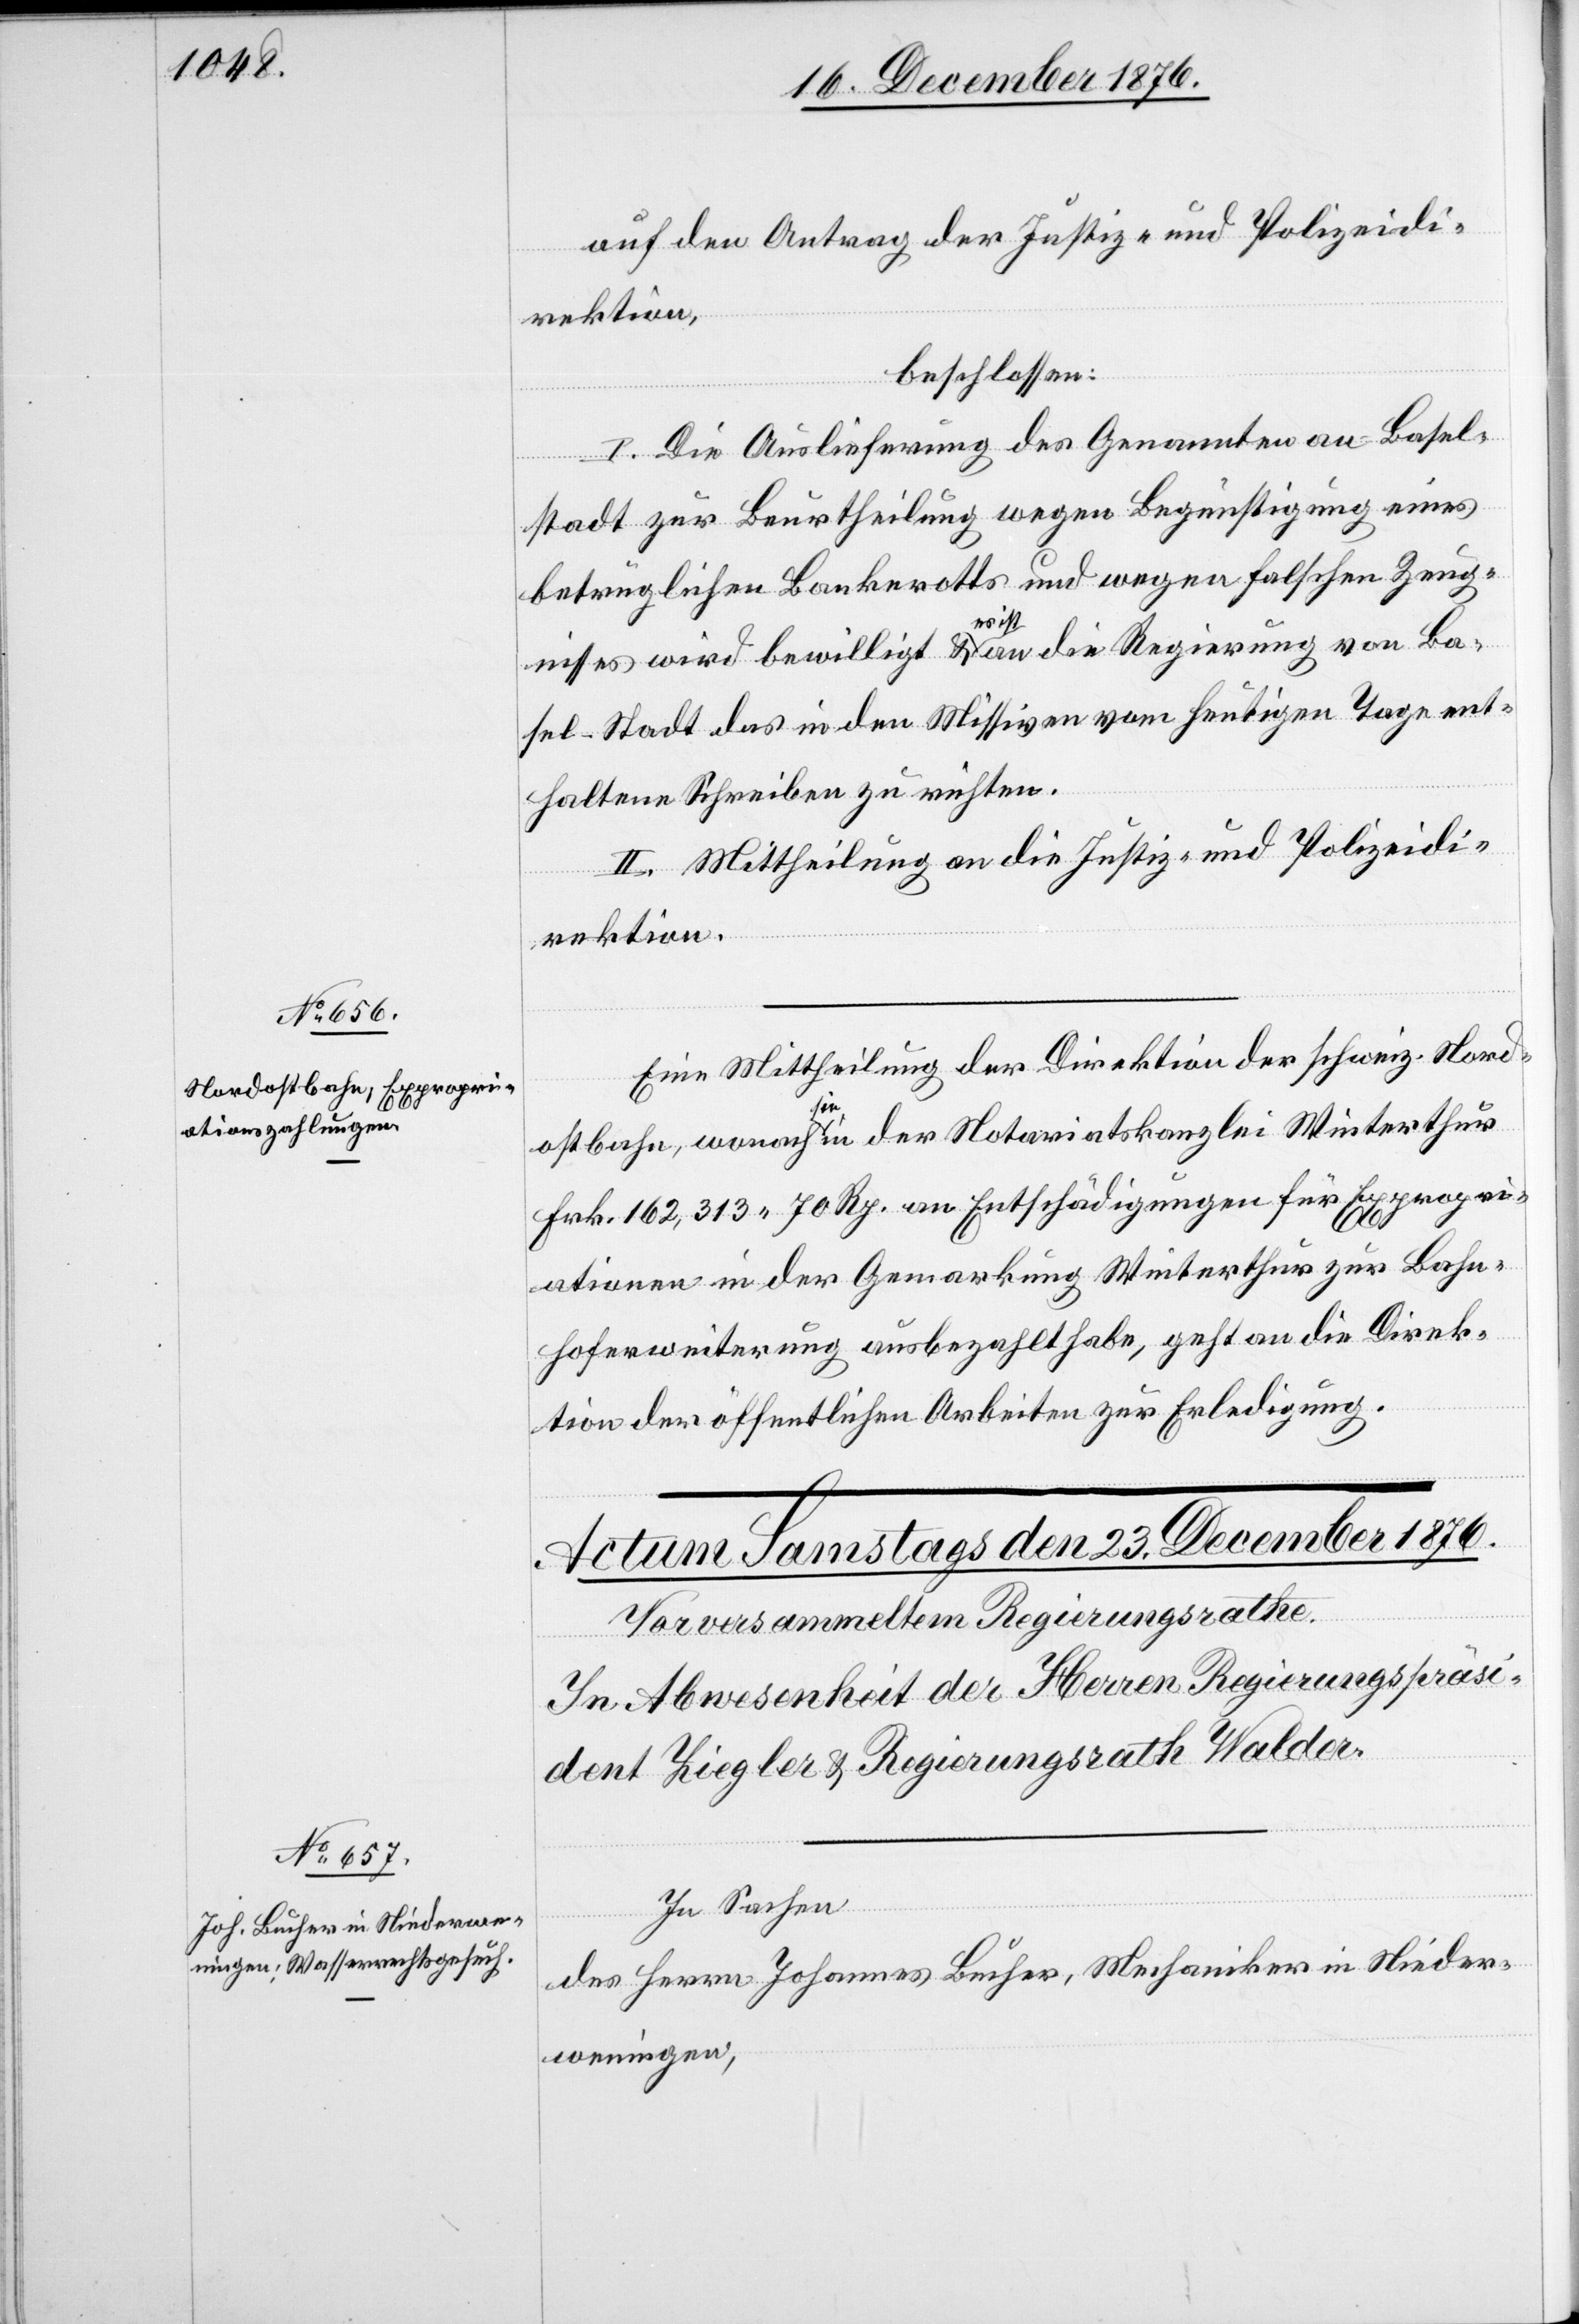
21. December 1876.]
auf den Antrag der Justiz- und Polizeidi¬
rektion,
beschlossen:
I. Die Auslieferung des Genannten an Basel¬
stadt zur Beurtheilung wegen Begünstigung eines
betrüglichen Bankrotts und wegen falschen Zeug¬
nisses wird bewilligt & es ist an die Regierung von Ba¬
sel-Stadt das in den Missiven vom heutigen Tage ent¬
haltene Schreiben zu richten.
II. Mittheilung an die Justiz- und Polizeidi¬
rektion.
Eine Mittheilung der Direktion der schweiz. Nord¬
ostbahn, wonach sie in der Notariatskanzlei Winterthur
Frk. 162,313 70 Rp. an Entschädigungen für Expropri¬
ationen in der Gemarkung Winterthur zur Bahn¬
hoferweiterung ausbezahlt habe, geht an die Direk¬
tion der öffentlichen Arbeiten zur Erledigung.
In Sachen
des Herrn Johannes Bucher, Mechaniker in Nieder¬
weningen,